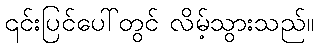
၎င်းပြင်ပေါ်တွင် လိမ့်သွားသည်။